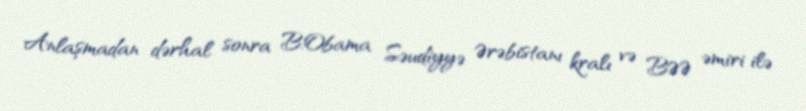
Anlaşmadan dərhal sonra B.Obama Səudiyyə Ərəbistanı kralı və BƏƏ əmiri ilə